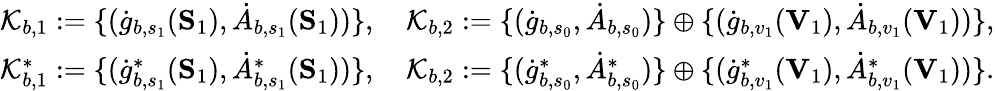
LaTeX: \begin{array}{r}{\mathcal{K}_{b,1}:=\{ (\dot{g}_{b,s_{1}}(\mathbf{S}_{1}),\dot{A}_{b,s_{1}}(\mathbf{S}_{1}))\} ,\quad\mathcal{K}_{b,2}:=\{ (\dot{g}_{b,s_{0}},\dot{A}_{b,s_{0}})\} \oplus\{ (\dot{g}_{b,v_{1}}(\mathbf{V}_{1}),\dot{A}_{b,v_{1}}(\mathbf{V}_{1}))\} ,}\\ {\mathcal{K}_{b,1}^{*}:=\{ (\dot{g}_{b,s_{1}}^{*}(\mathbf{S}_{1}),\dot{A}_{b,s_{1}}^{*}(\mathbf{S}_{1}))\} ,\quad\mathcal{K}_{b,2}:=\{ (\dot{g}_{b,s_{0}}^{*},\dot{A}_{b,s_{0}}^{*})\} \oplus\{ (\dot{g}_{b,v_{1}}^{*}(\mathbf{V}_{1}),\dot{A}_{b,v_{1}}^{*}(\mathbf{V}_{1}))\} .}\end{array}